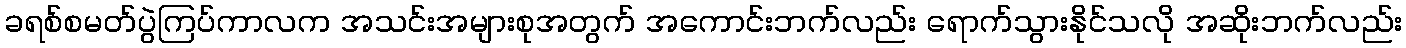
ခရစ်စမတ်ပွဲကြပ်ကာလက အသင်းအများစုအတွက် အကောင်းဘက်လည်း ရောက်သွားနိုင်သလို အဆိုးဘက်လည်း